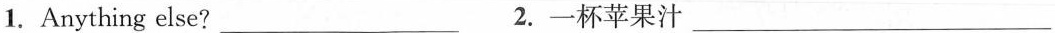
1.Anything else? ___ 2.一杯苹果汁 ___